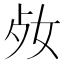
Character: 𡛝